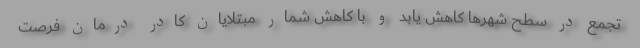
تجمع در سطح شهرها کاهش یابد و با کاهش شمار مبتلایان کادر درمان فرصت